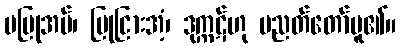
မပြုအပ်၊ ပြုငြားအံ့၊ ဒုက္ကဋ်ဟု ပညတ်တော်မူ၏။